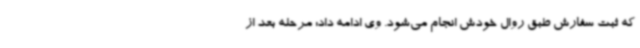
که ثبت سفارش طبق روال خودش انجام می‌شود. وی ادامه داد: مرحله بعد از